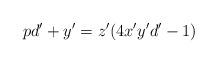
LaTeX: \begin{align*}pd'+y'=z'(4x'y'd'-1)\end{align*}